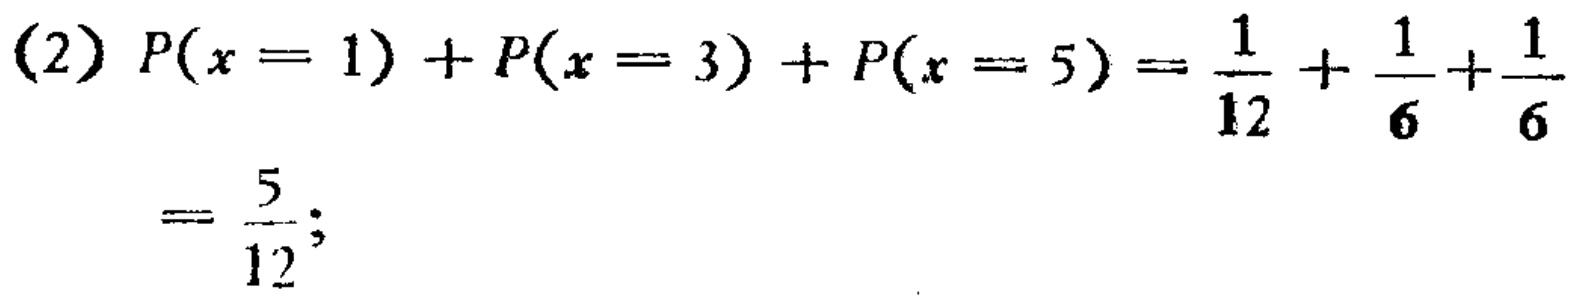
(2) \(P(x = 1)+P(x = 3)+P(x = 5)=\frac{1}{12}+\frac{1}{6}+\frac{1}{6}=\frac{5}{12};\)